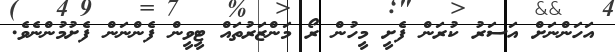
އަހަންނަށް އަސަރު ކުރަން ފެށީ މީހުން ރޯ މަންޒަރުތައް ޓީވީން ފެންނަން ފެށުމުންނެވެ.